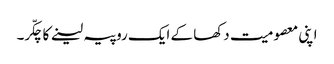
اپنی معصومیت دکھا کے ایک روپیہ لینے کا چکّر۔